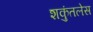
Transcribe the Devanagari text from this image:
शकुंतलेस